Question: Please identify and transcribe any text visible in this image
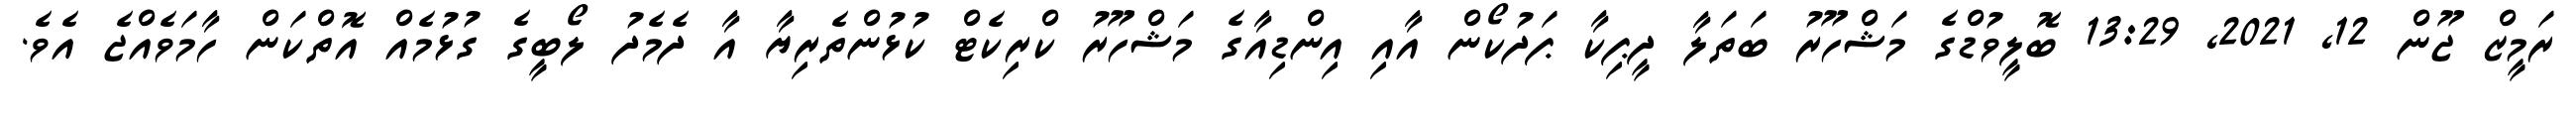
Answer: ރަމީޒް ޖޫން 12, 2021, 13:29 ބޮލީވުޑްގެ މަޝްހޫރު ބަތަލާ ދީޕިކާ ޕަދުކޯން އާއި އިންޑިއާގެ މަޝްހޫރު ކްރިކެޓް ކުޅުންތެރިޔާ އާ ދެމެދު ލޯބީގެ ގުޅުމެއް އޮތްކަން ހާމަވެއްޖެ އެވެ.